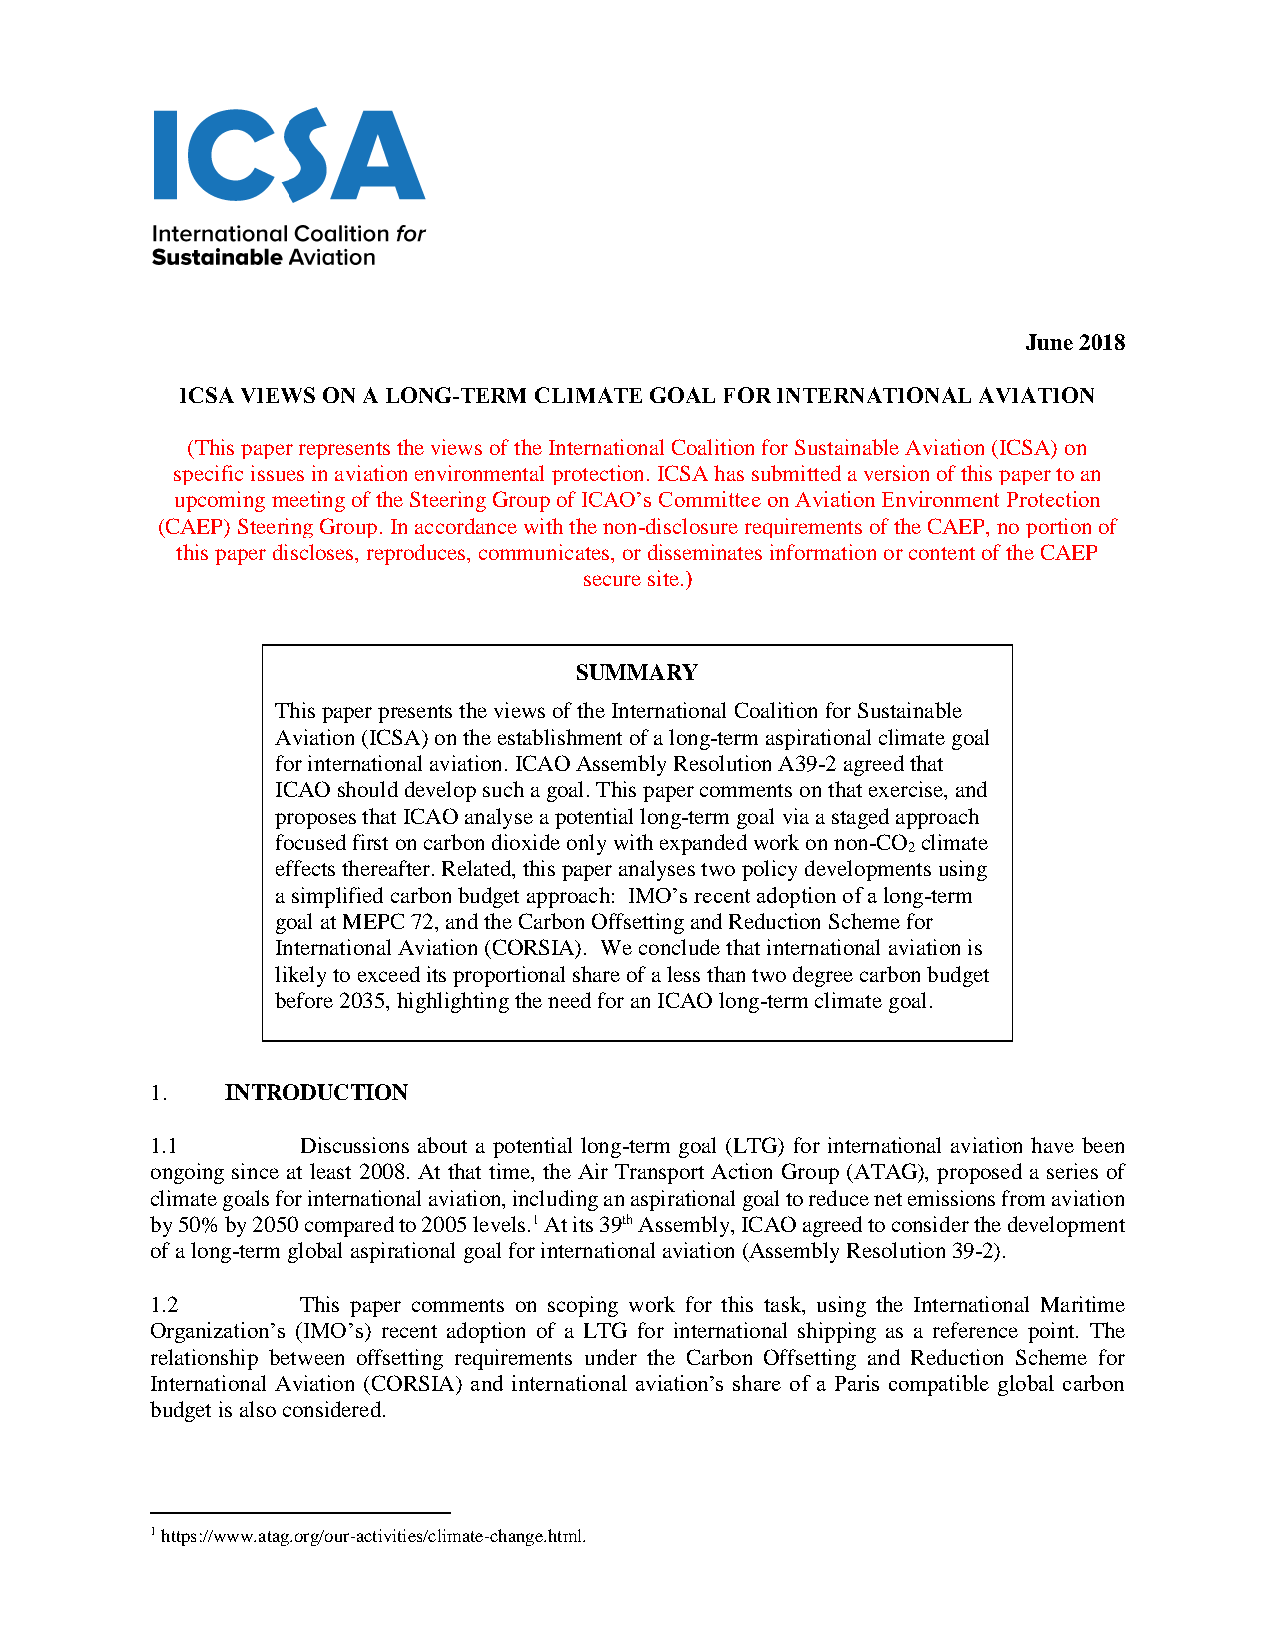
June 2018
 ICSA VIEWS ON A LONG-TERM CLIMATE GOAL FOR INTERNATIONAL AVIATION
 (This paper represents the views of the International Coalition for Sustainable Aviation (ICSA) on
 specific issues in aviation environmental protection. ICSA has submitted a version of this paper to an
 upcoming meeting of the Steering Group of ICAO’s Committee on Aviation Environment Protection
 (CAEP) Steering Group. In accordance with the non-disclosure requirements of the CAEP, no portion of
 this paper discloses, reproduces, communicates, or disseminates information or content of the CAEP
 secure site.)
 SUMMARY
 This paper presents the views of the International Coalition for Sustainable
 Aviation (ICSA) on the establishment of a long-term aspirational climate goal
 for international aviation. ICAO Assembly Resolution A39-2 agreed that
 ICAO should develop such a goal. This paper comments on that exercise, and
 proposes that ICAO analyse a potential long-term goal via a staged approach
 focused first on carbon dioxide only with expanded work on non-CO climate
 2
 effects thereafter. Related, this paper analyses two policy developments using
 a simplified carbon budget approach: IMO’s recent adoption of a long-term
 goal at MEPC 72, and the Carbon Offsetting and Reduction Scheme for
 International Aviation (CORSIA). We conclude that international aviation is
 likely to exceed its proportional share of a less than two degree carbon budget
 before 2035, highlighting the need for an ICAO long-term climate goal.
 1.   INTRODUCTION
 1.1       Discussions about a potential long-term goal (LTG) for international aviation have been
 ongoing since at least 2008. At that time, the Air Transport Action Group (ATAG), proposed a series of
 climate goals for international aviation, including an aspirational goal to reduce net emissions from aviation
 by 50% by 2050 compared to 2005 levels.1 At its 39th Assembly, ICAO agreed to consider the development
 of a long-term global aspirational goal for international aviation (Assembly Resolution 39-2).
 1.2       This paper comments on scoping work for this task, using the International Maritime
 Organization’s (IMO’s) recent adoption of a LTG for international shipping as a reference point. The
 relationship between offsetting requirements under the Carbon Offsetting and Reduction Scheme for
 International Aviation (CORSIA) and international aviation’s share of a Paris compatible global carbon
 budget is also considered.
 1 https://www.atag.org/our-activities/climate-change.html.